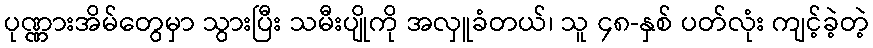
ပုဏ္ဏားအိမ်တွေမှာ သွားပြီး သမီးပျိုကို အလှူခံတယ်၊ သူ ၄၈-နှစ် ပတ်လုံး ကျင့်ခဲ့တဲ့